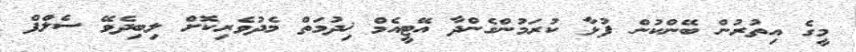
މީގެ އިތުރުން ބޭންކުން ފުޅާ ކުރަމުންގެންދާ އޭޓީއެމް ޚިދުމަތް މެދުވެރިކޮށް ލިބިދެވޭ ސެލްފް